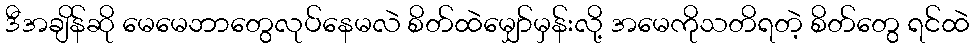
ဒီအချိန်ဆို မေမေဘာတွေလုပ်နေမလဲ စိတ်ထဲမျှော်မှန်းလို့ အမေကိုသတိရတဲ့ စိတ်တွေ ရင်ထဲ